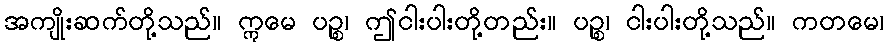
အကျိုးဆက်တို့သည်။ ဣမေ ပဉ္စ၊ ဤငါးပါးတို့တည်း။ ပဉ္စ၊ ငါးပါးတို့သည်။ ကတမေ၊